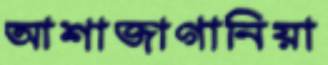
আশাজাগানিয়া